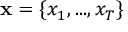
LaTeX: \mathbf { x } = \{ x _ { 1 } , . . . , x _ { T } \}